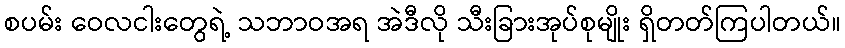
စပမ်း ဝေလငါးတွေရဲ့ သဘာဝအရ အဲဒီလို သီးခြားအုပ်စုမျိုး ရှိတတ်ကြပါတယ်။